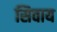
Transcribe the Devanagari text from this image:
सिवाय